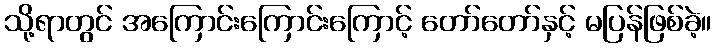
သို့ရာတွင် အကြောင်းကြောင်းကြောင့် တော်တော်နှင့် မပြန်ဖြစ်ခဲ့။